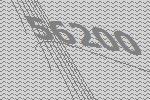
56200